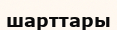
шарттары